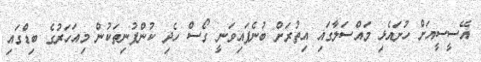
އޭސީސީއަށް ހުށައެޅި މައްސަލާގައި އިތުރަށް ބުނެފައިވަނީ ގޯސް ހެދި ކުންފުނިތަކުން މިއަހަރުގެ ބިޑްގައި